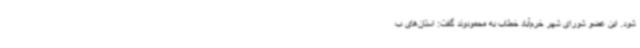
شود. این عضو شورای شهر خرم‌آباد خطاب به محمودوند گفت: استان‌های ب